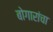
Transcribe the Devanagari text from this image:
बोगारांचा